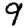
Digit: 9